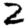
Digit: 2